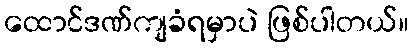
ထောင်ဒဏ်ကျခံရမှာပဲ ဖြစ်ပါတယ်။